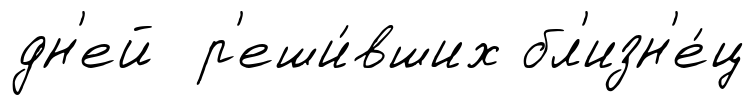
дн'ей р'еши́вших бл'изн'е́ц